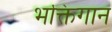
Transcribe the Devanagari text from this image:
भक्तिगान